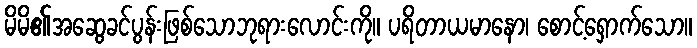
မိမိ၏အဆွေခင်ပွန်းဖြစ်သောဘုရားလောင်းကို။ ပရိတာယမာနော၊ စောင့်ရှောက်သော။